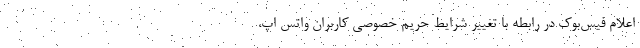
اعلام فیس‌بوک در رابطه با تغییر شرایط حریم خصوصی کاربران واتس اپ،